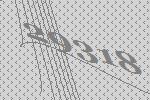
29318